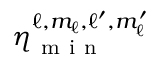
\eta _ { \mathrm { ~ m ~ i ~ n ~ } } ^ { \ell , m _ { \ell } , \ell ^ { \prime } , m _ { \ell } ^ { \prime } }